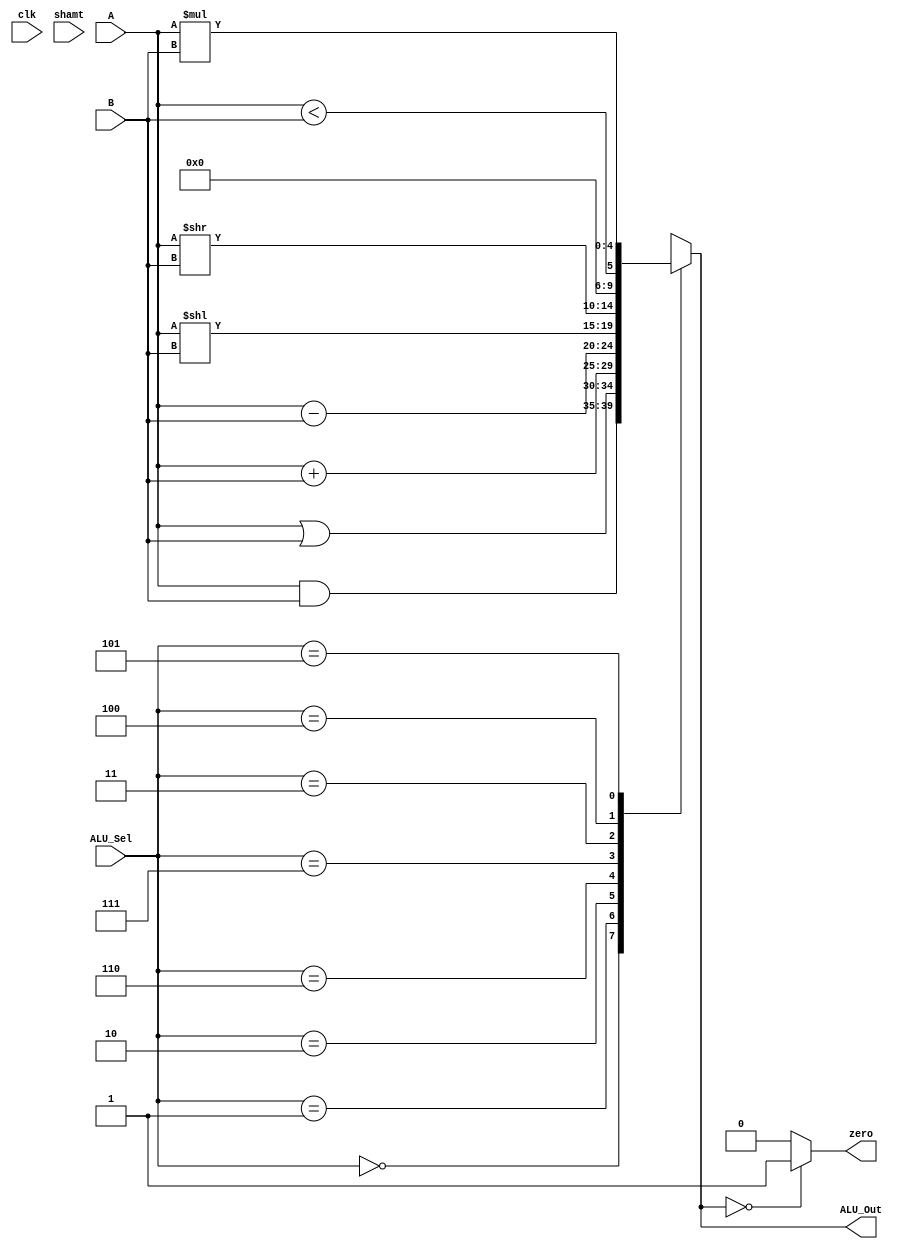
module ALU #(parameter LENGTH = 5)(
input clk,
input signed [LENGTH-1:0] A,B,                  
input [2:0] ALU_Sel,
input [4:0] shamt,
output reg [LENGTH-1:0] ALU_Out,
output reg zero
    );


	 
localparam AND					= 3'b000;
localparam OR					= 3'b001;
localparam ADD					= 3'b010;
localparam SUB					= 3'b110;
localparam SHIFT_LEFT		= 3'b111;
localparam SHIFT_RIGHT		= 3'b011;
localparam SET_LESS_THAN	= 3'b100;
localparam MUL					= 3'b101;


    always @*
    begin
        case(ALU_Sel)
        AND:
           ALU_Out = A & B;
        OR:
           ALU_Out = A | B;
        ADD:
           ALU_Out = A + B;
        SUB:
           ALU_Out = A - B;
        SHIFT_LEFT:
           ALU_Out = A << B[4:0];
        SHIFT_RIGHT:
           ALU_Out = A >> B;
        SET_LESS_THAN:
           ALU_Out = A < B;
        MUL:
           ALU_Out = A * B;
        default: 
           ALU_Out = 'h0; 
        endcase
			
			zero = (ALU_Out == 0)? 1:0;
    end

endmodule